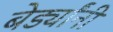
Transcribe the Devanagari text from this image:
बेर्ड्यांनी